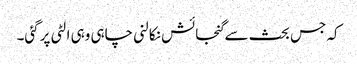
کہ جس بحث سےگنجائش نکالنی چاہی وہی الٹی پرگئی۔